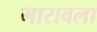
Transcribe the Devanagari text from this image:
भारावला